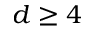
d \geq 4